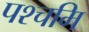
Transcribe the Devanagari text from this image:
पश्चमि